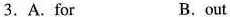
3.A.For B.out